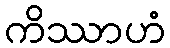
ကိဿာဟံ